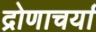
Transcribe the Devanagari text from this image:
द्रोणाचर्या